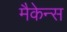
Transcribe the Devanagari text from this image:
मैकेन्स